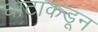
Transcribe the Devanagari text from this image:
घाटाकडून